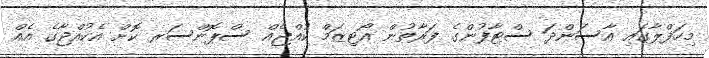
މިހަފްލާގައި އާސަންދަ ސްޓާފުންގެ ފަރާތުން އޯޓިޒަމް ކުއްޖެއް ސްޕޮންސަރ ކޮށް އެކުއްޖާގެ އެއް